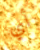
أي